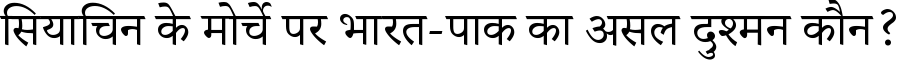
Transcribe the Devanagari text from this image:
सियाचिन के मोर्चे पर भारत-पाक का असल दुश्मन कौन?